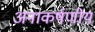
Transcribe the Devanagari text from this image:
अनाकर्षणीय